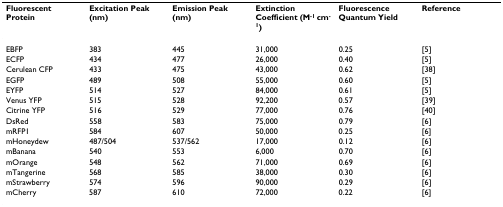
| Fluorescent Protein | Excitation Peak (nm) | Emission Peak (nm) | Extinction Coefficient (M-1 cm-1) | Fluorescence Quantum Yield | Reference |
 | --- | --- | --- | --- | --- | --- |
 | EBFP | 383 | 445 | 31,000 | 0.25 | [5] |
 | ECFP | 434 | 477 | 26,000 | 0.40 | [5] |
 | Cerulean CFP | 433 | 475 | 43,000 | 0.62 | [38] |
 | EGFP | 489 | 508 | 55,000 | 0.60 | [5] |
 | EYFP | 514 | 527 | 84,000 | 0.61 | [5] |
 | Venus YFP | 515 | 528 | 92,200 | 0.57 | [39] |
 | Citrine YFP | 516 | 529 | 77,000 | 0.76 | [40] |
 | DsRed | 558 | 583 | 75,000 | 0.79 | [6] |
 | mRFP1 | 584 | 607 | 50,000 | 0.25 | [6] |
 | mHoneydew | 487/504 | 537/562 | 17,000 | 0.12 | [6] |
 | mBanana | 540 | 553 | 6,000 | 0.70 | [6] |
 | mOrange | 548 | 562 | 71,000 | 0.69 | [6] |
 | mTangerine | 568 | 585 | 38,000 | 0.30 | [6] |
 | mStrawberry | 574 | 596 | 90,000 | 0.29 | [6] |
 | mCherry | 587 | 610 | 72,000 | 0.22 | [6] |